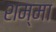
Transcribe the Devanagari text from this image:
शम्मा